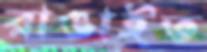
রাঙাইত